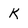
Character: k